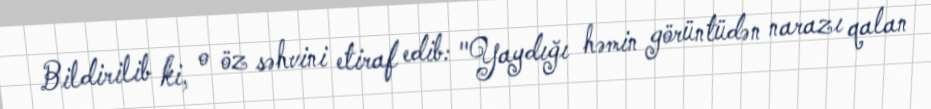
Bildirilib ki, o öz səhvini etiraf edib: "Yaydığı həmin görüntüdən narazı qalan